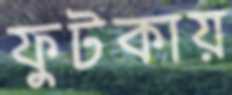
ফুটকায়